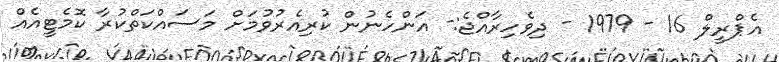
އެޕްރީލް 16 - 1979 - ދިވެހިރާއްޖެ:- އަންހެނުން ކުރިއެރުވުމަށް މަސައްކަތްކުރާ ކޮމެޓީއެއް